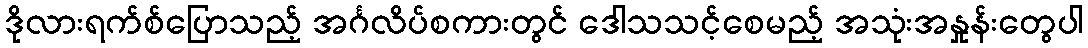
ဒိုလားရက်စ်ပြောသည့် အင်္ဂလိပ်စကားတွင် ဒေါသသင့်စေမည့် အသုံးအနှုန်းတွေပါ